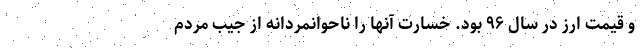
و قیمت ارز در سال ۹۶ بود. خسارت آنها را ناحوانمردانه از جیب مردم